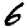
Digit: 6